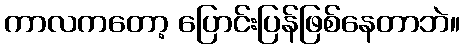
ကာလကတော့ ပြောင်းပြန်ဖြစ်နေတာဘဲ။